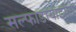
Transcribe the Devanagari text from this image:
सल्फाडायाझीन